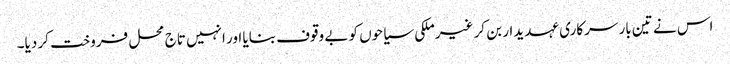
اس نے تین بار سرکاری عہدیدار بن کر غیرملکی سیاحوں کو بے وقوف بنایا اور انہیں تاج محل فروخت کر دیا۔